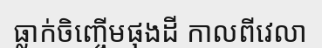
ធ្លាក់ចិញ្ចើមផុងដី កាលពីវេលា